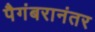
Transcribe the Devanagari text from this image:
पैगंबरानंतर